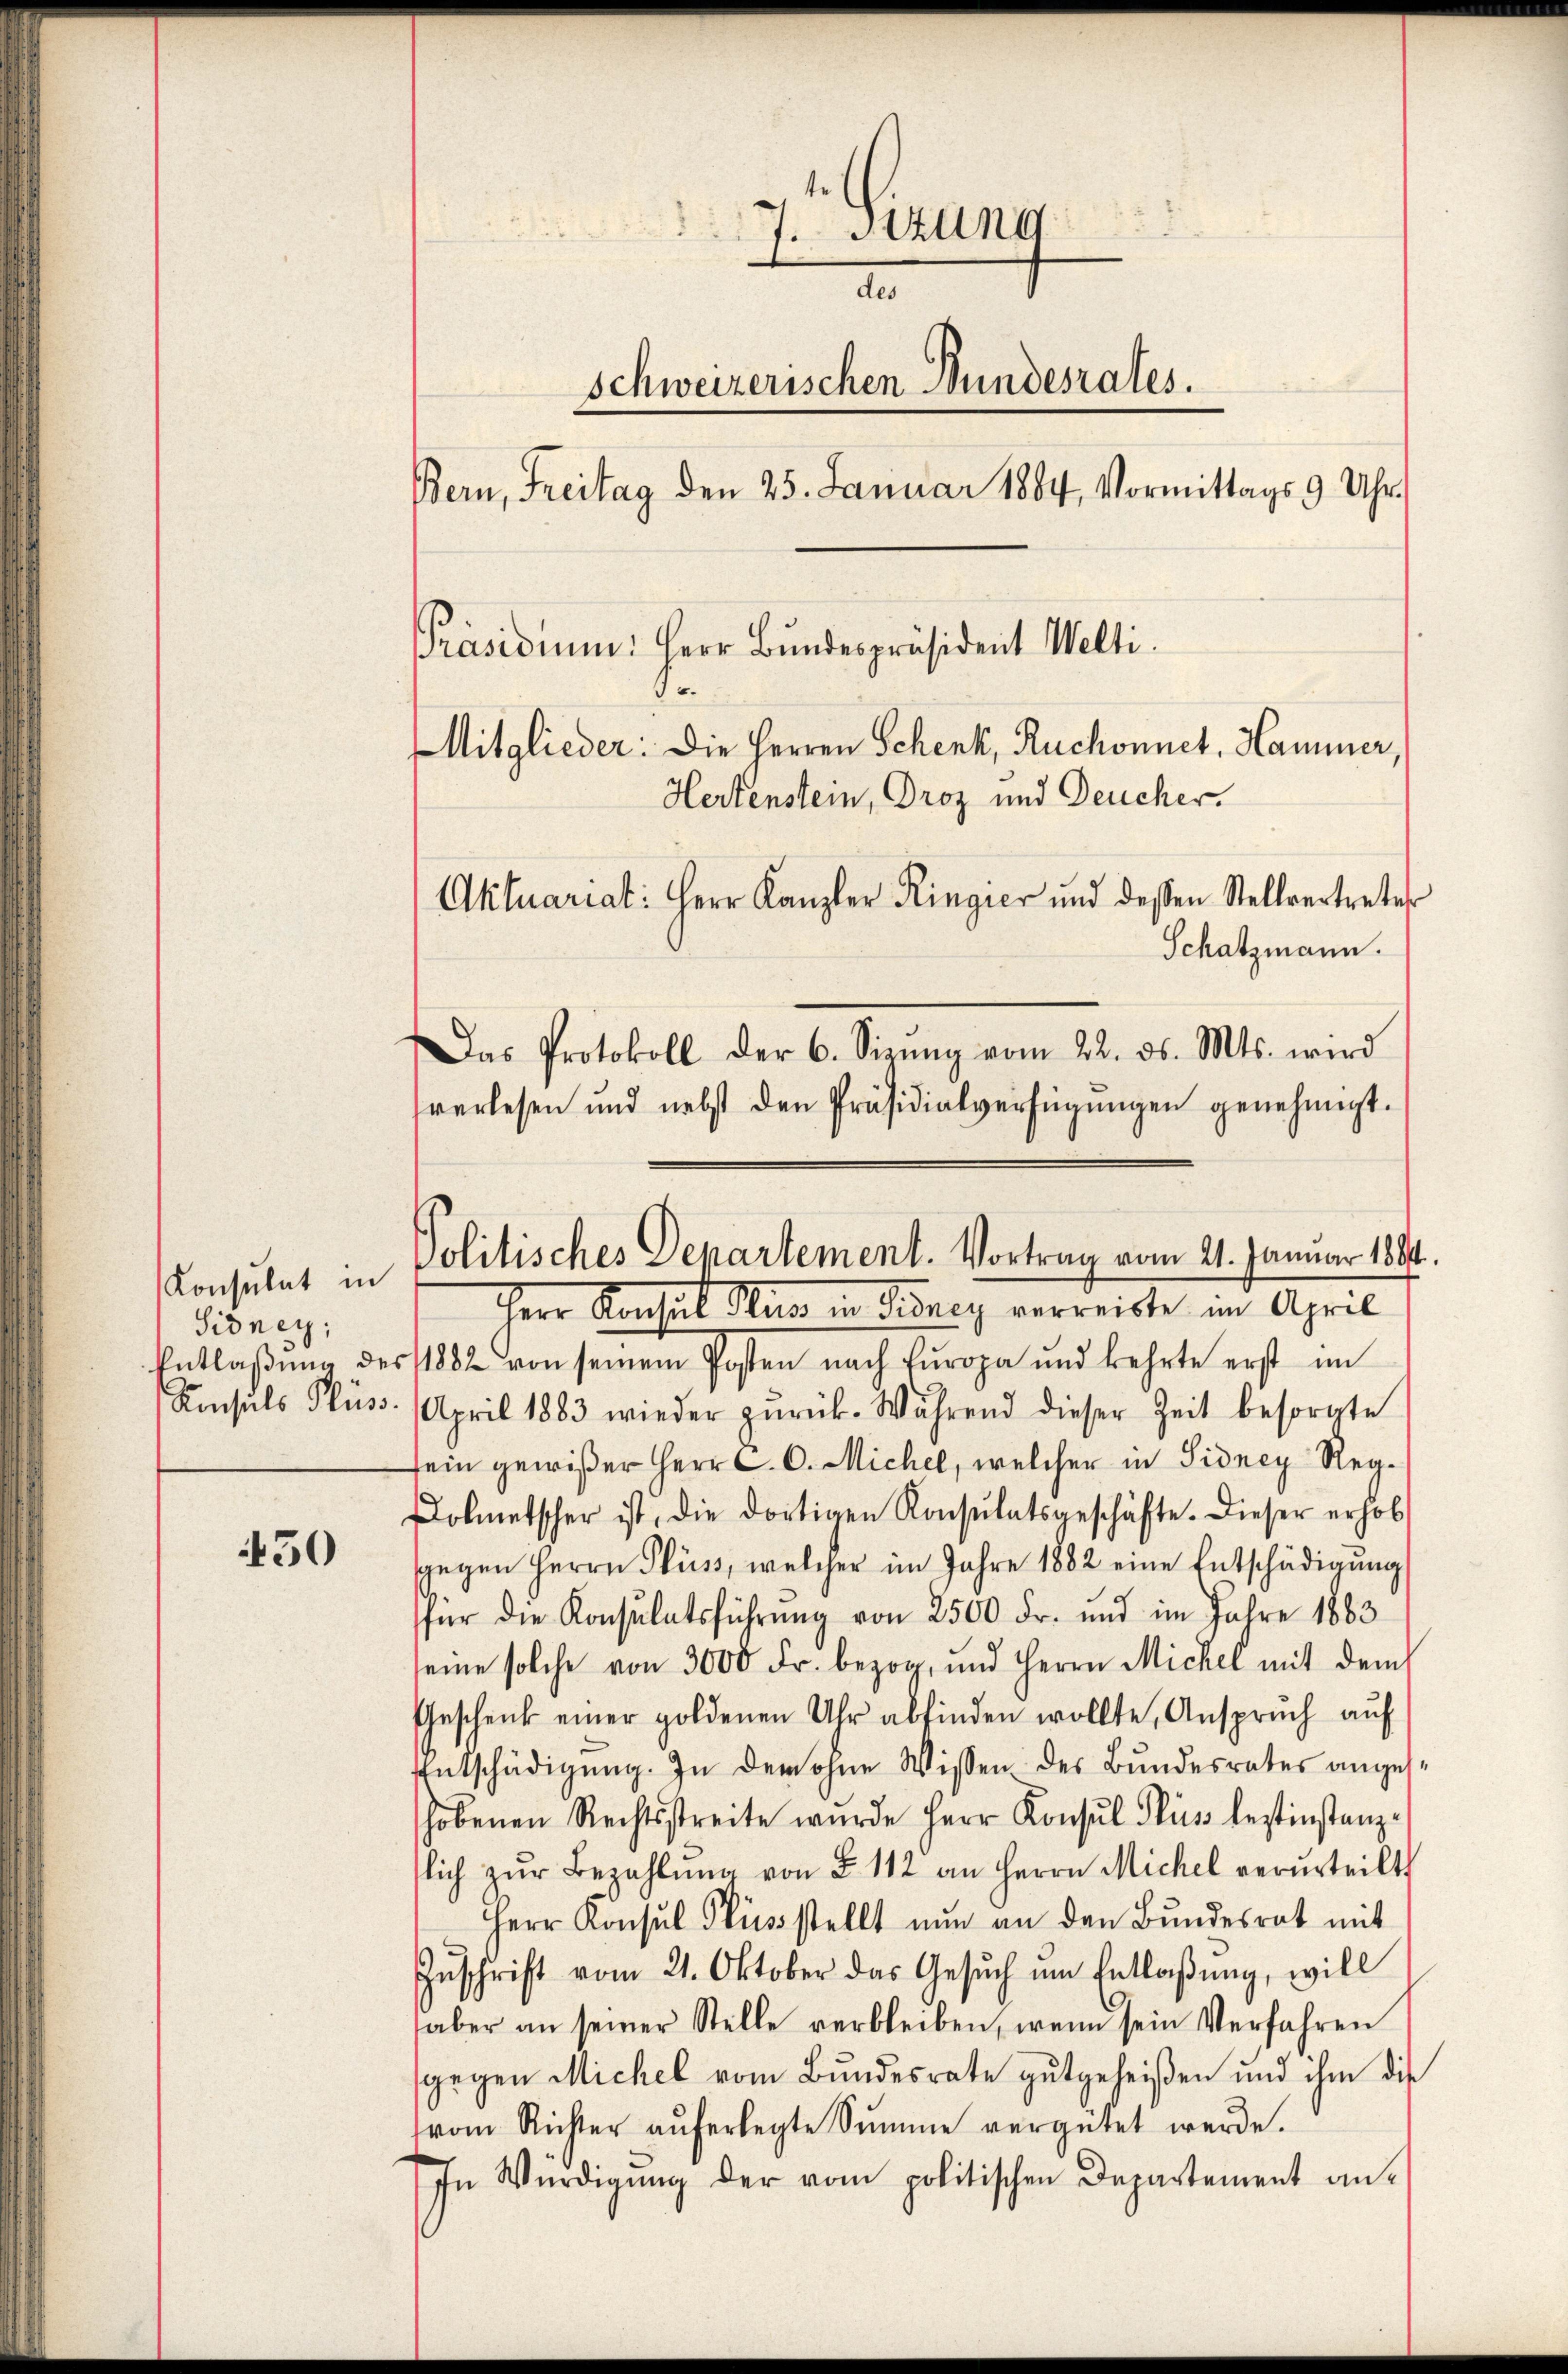
Sidney;

450

7. Sitzung
d
Schweizerischen Bundesrates.
Bern, Freitag den 25. Januar 1884, Vormittags 9 Uhr.
Präsidium. Herr Bundespräsident Welti.
e.
Mitglieder: Die Herren Schenk, Ruchonnet, Hammer,
Hertenstein, Droz und Deucher.
Aktuariat: Herr Kanzler Ringier und dessen Stellvertreter
Schatzmann.
Das Protokoll der 6. Sizŭng vom 22. ds. Mts. wird
verlesen und nebst den Präsidialverfügŭngen genehmigt.

Entlaβŭng des 1882 von seinem Posten nach Europa und kehrte erst im
Konsuls Flüss. April 1883 wieder zŭrück. Während dieser Zeit besorgte
sein gewißer Herr C. C. Michel, welcher in Sidney Regolmetscher ist, die dortigen Konsulatsgeschäfte. Dieser erhob
sgegen Herrn Püss, welcher im Jahre 1882 eine Entschädigŭng
für die Konsulatsführung von 2500 Fr. und im Jahre 1883
seine solche von 3000 Fr. bezog, und Herrn Michel mit dem
Geschenk einer goldenen Uhr abfinden wollte, Ansprŭch aŭf
EEntschädigung. In der ohne Wissen des Bundesrates angeshobenen Rechtsstreite wurde Herr Konsŭl Plus leztinstanz-
slich zŭr Bezahlŭng von § 112 an Herrn Michel verurteilt,
Herr Konsul Flusstellt nŭn an den Bŭndesrat mit
Zŭschrift vom 21. Oktober das Gesuch um Entlaßung, will
aber an seiner Stelle verbleiben, wenn sein Verfahren
sgegen Michel vom Bundesrate gutgeheißen und ihm die
vom Richter aŭferlegte Sŭmme vergütet werde.
In Würdigŭng der vom politischen Departement an-

Konsulat in Politisches Departement. Vortrag vom 21. Januar 1889.
Herr Konsul Nur in Fisney verreiste im April